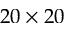
2 0 \times 2 0